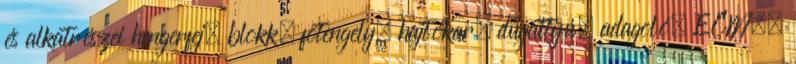
és alkatrészei hengerfej, blokk, fõtengely, hajtókar, dugattyú, adagoló, ECM,.